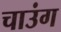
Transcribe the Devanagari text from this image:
चाउंग